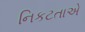
નિકટતાએ